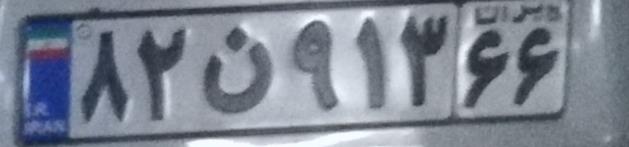
۸۲ن۹۱۳۶۶